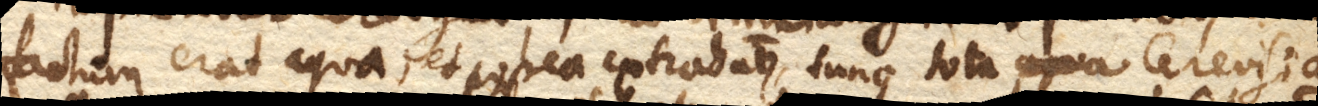
factum erat aqua, et postea extrahatur, tunc tota aqua Cerevisia